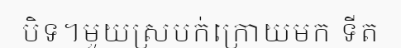
បិទ។មួយស្របក់ក្រោយមក ទីត